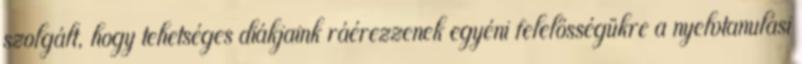
szolgált, hogy tehetséges diákjaink ráérezzenek egyéni felelősségükre a nyelvtanulási